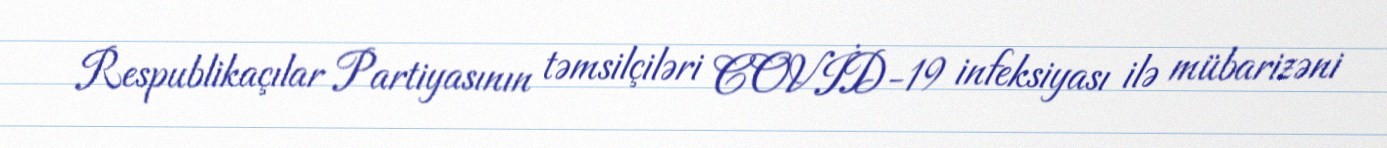
Respublikaçılar Partiyasının təmsilçiləri COVİD-19 infeksiyası ilə mübarizəni